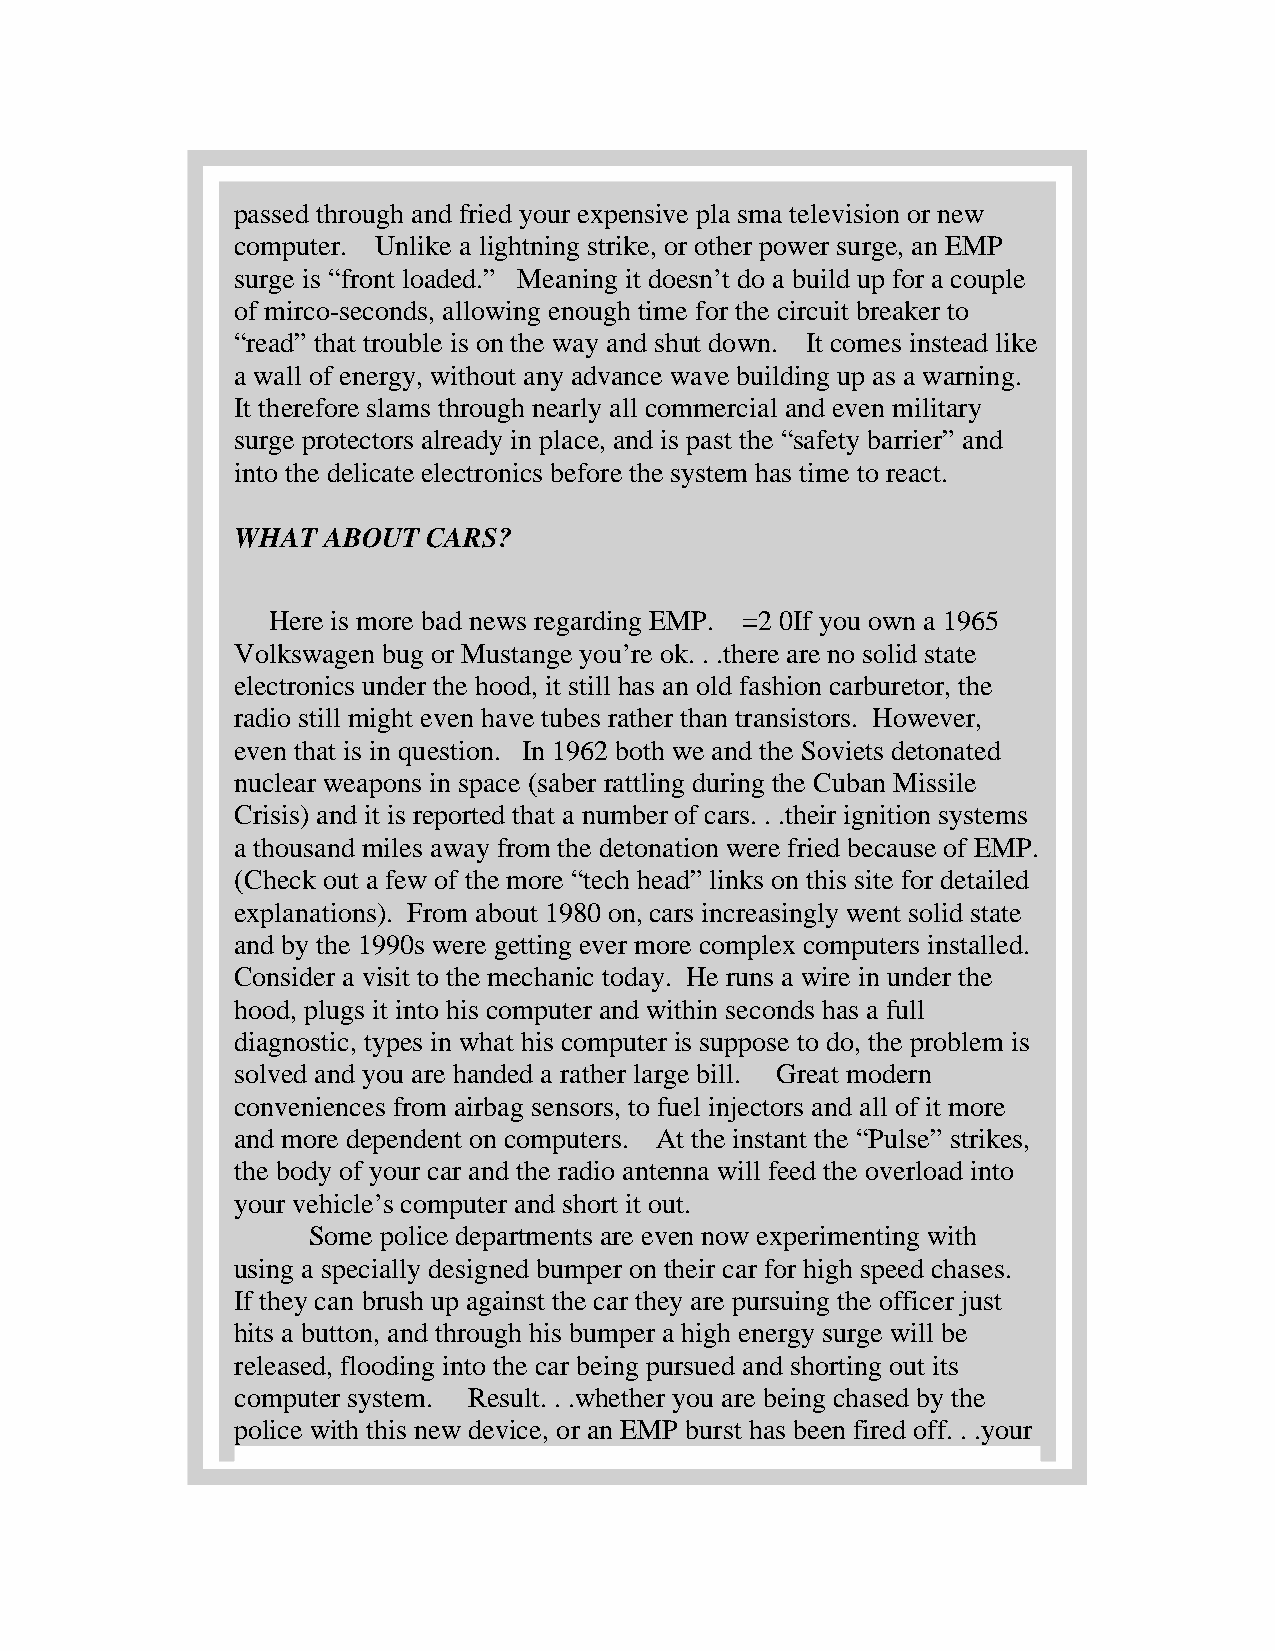
passed through and fried your expensive pla sma television or new
 computer. Unlike a lightning strike, or other power surge, an EMP
 surge is “front loaded.” Meaning it doesn’t do a build up for a couple
 of mirco-seconds, allowing enough time for the circuit breaker to
 “read” that trouble is on the way and shut down. It comes instead like
 a wall of energy, without any advance wave building up as a warning.
 It therefore slams through nearly all commercial and even military
 surge protectors already in place, and is past the “safety barrier” and
 into the delicate electronics before the system has time to react.
 WHAT ABOUT  CARS?
 Here is more bad news regarding EMP. =2 0If you own a 1965
 Volkswagen bug or Mustange you’re ok. . .there are no solid state
 electronics under the hood, it still has an old fashion carburetor, the
 radio still might even have tubes rather than transistors. However,
 even that is in question. In 1962 both we and the Soviets detonated
 nuclear weapons in space (saber rattling during the Cuban Missile
 Crisis) and it is reported that a number of cars. . .their ignition systems
 a thousand miles away from the detonation were fried because of EMP.
 (Check out a few of the more “tech head” links on this site for detailed
 explanations). From about 1980 on, cars increasingly went solid state
 and by the 1990s were getting ever more complex computers installed.
 Consider a visit to the mechanic today. He runs a wire in under the
 hood, plugs it into his computer and within seconds has a full
 diagnostic, types in what his computer is suppose to do, the problem is
 solved and you are handed a rather large bill. Great modern
 conveniences from airbag sensors, to fuel injectors and all of it more
 and more dependent on computers. At the instant the “Pulse” strikes,
 the body of your car and the radio antenna will feed the overload into
 your vehicle’s computer and short it out.
 Some police departments are even now experimenting with
 using a specially designed bumper on their car for high speed chases.
 If they can brush up against the car they are pursuing the officer just
 hits a button, and through his bumper a high energy surge will be
 released, flooding into the car being pursued and shorting out its
 computer system. Result. . .whether you are being chased by the
 police with this new device, or an EMP burst has been fired off. . .your